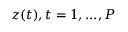
z ( t ) , t = 1 , . . . , P